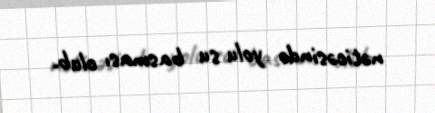
nəticəsində yolu su basması olub.